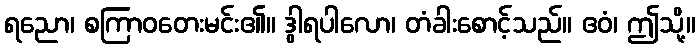
ရညော၊ စကြာဝတေးမင်း၏။ ဒွါရပါလော၊ တံခါးစောင့်သည်။ ဧဝံ၊ ဤသို့။